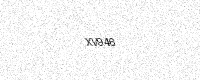
Text: XV946